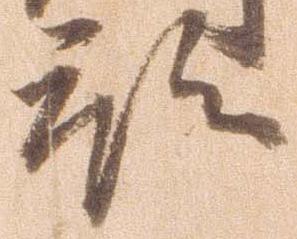
預